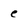
Character: e